Vaccination in Bombay 1863-1868 - 1863-1868
Year: 1863
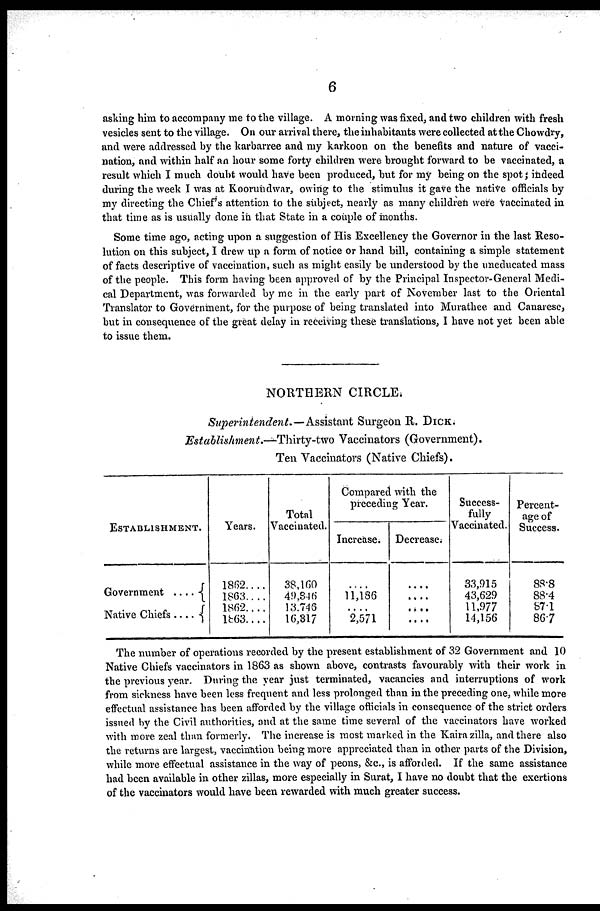
6
asking him to accompany me to the village. A morning was fixed, and two children with fresh
vesicles sent to the village. On our arrival there, the inhabitants were collected at the Chowdry,
and were addressed by the karbarree and my karkoon on the benefits and nature of vacci-
nation, and within half an hour some forty children were brought forward to be vaccinated, a
result which I much doubt would have been produced, but for my being on the spot ; indeed
during the week I was at Koorundwar, owing to the stimulus it gave the native officials by
my directing the Chief's attention to the subject, nearly as many children were vaccinated in
that time as is usually done in that State in a couple of months.
Some time ago, acting upon a suggestion of His Excellency the Governor in the last Reso-
lution on this subject, I drew up a form of notice or hand bill, containing a simple statement
of facts descriptive of vaccination, such as might easily be understood by the uneducated mass
of the people. This form having been approved of by the Principal Inspector-General Medi-
cal Department, was forwarded by me in the early part of November last to the Oriental
Translator to Government, for the purpose of being translated into Murathee and Canarese,
but in consequence of the great delay in receiving these translations, I have not yet been able
to issue them.
NORTHERN CIRCLE.
Superintendent.—Assistant
Surgeon R. DICK.
Establishment.—Thirty-two
Vaccinators (Government).
Ten Vaccinators (Native Chiefs).
ESTABLISHMENT.
Government ....
Native Chiefs ....
Years.
1862....
1863....
1862....
1863....
Total
Vaccinated.
38,160
49,346
13.746
16,317
Compared with the
preceding Year.
Increase.
....
11,186
....
2,571
Decrease.
....
....
....
....
Success-
fully
Vaccinated.
33,915
43,629
11,977
14,156
Percent-
age of
Success.
88.8
88.4
87.1
86.7
The number of operations recorded by the present establishment of 32 Government and 10
Native Chiefs vaccinators in 1863 as shown above, contrasts favourably with their work in
the previous year. During the year just terminated, vacancies and interruptions of work
from sickness have been less frequent and less prolonged than in the preceding one, while more
effectual assistance has been afforded by the village officials in consequence of the strict orders
issued by the Civil authorities, and at the same time several of the vaccinators have worked
with more zeal than formerly. The increase is most marked in the Kaira zilla, and there also
the returns are largest, vaccination being more appreciated than in other parts of the Division,
while more effectual assistance in the way of peons, &c., is afforded. If the same assistance
had been available in other zillas, more especially in Surat, I have no doubt that the exertions
of the vaccinators would have been rewarded with much greater success.